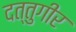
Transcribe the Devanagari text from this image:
दत्तुगीर